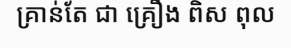
គ្រាន់តែ ជា គ្រឿង ពិស ពុល